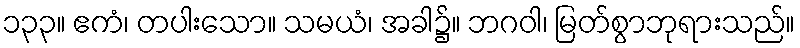
၁၃၃။ ဧကံ၊ တပါးသော။ သမယံ၊ အခါ၌။ ဘဂဝါ၊ မြတ်စွာဘုရားသည်။